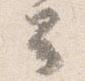
云